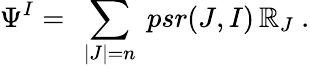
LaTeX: \Psi^{I}=\ \sum_{|J|=n}\ psr(J,I)\, \mathbb{R}_{J}\ .